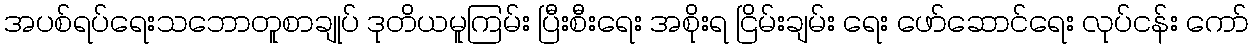
အပစ်ရပ်ရေးသဘောတူစာချုပ် ဒုတိယမူကြမ်း ပြီးစီးရေး အစိုးရ ငြိမ်းချမ်း ရေး ဖော်ဆောင်ရေး လုပ်ငန်း ကော်